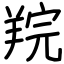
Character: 羦